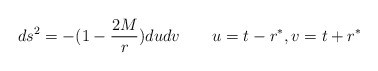
\begin{align*}ds^2= -( 1- {2M\over r}) du dv \qquad u =t-r^*, v=t+r^*\end{align*}